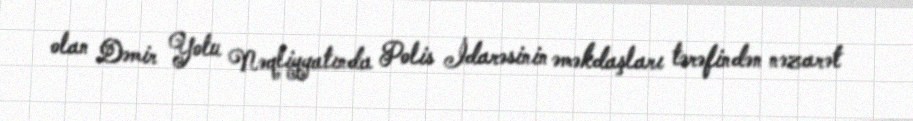
olan Dəmir Yolu Nəqliyyatında Polis İdarəsinin əməkdaşları tərəfindən nəzarət